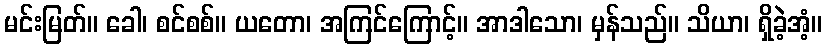
မင်းမြတ်။ ခေါ၊ စင်စစ်။ ယတော၊ အကြင်ကြောင့်။ အာဒါသော၊ မှန်သည်။ သိယာ၊ ရှိခဲ့အံ့။